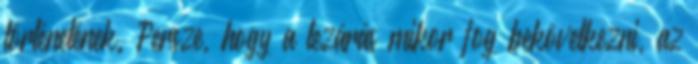
történetének. Persze, hogy a lezárás mikor fog bekövetkezni, az